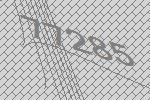
77285